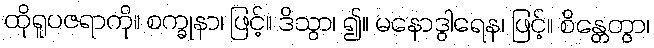
ထိုရူပဇရာကို။ စက္ခုနာ၊ ဖြင့်။ ဒိသွာ၊ ၍။ မနောဒွါရေန၊ ဖြင့်။ စိန္တေတွာ၊